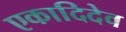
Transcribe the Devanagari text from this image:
एकादिदेव